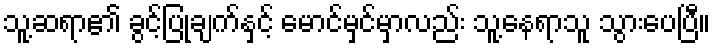
သူ့ဆရာ၏ ခွင့်ပြုချက်နှင့် မောင်မှင်မှာလည်း သူ့နေရာသူ သွားပေပြီ။